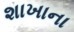
શાખાના